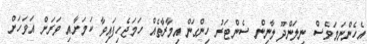
އެހެންނަމަވެސް ނިލަންދޫ ލާނިން ސެންޓަރު ހިންގަން އިމާރާތެއް ހަމަޖެހިފައިވާ ކަމަށާއި ވަރަށް އަވަހަށް